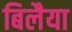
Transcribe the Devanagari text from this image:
बिलैया